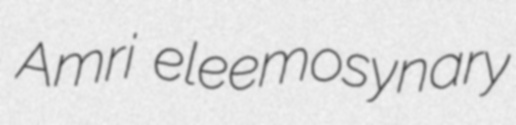
Amri eleemosynary